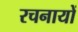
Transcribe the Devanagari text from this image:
रचनायों